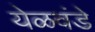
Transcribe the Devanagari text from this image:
येळवंडे